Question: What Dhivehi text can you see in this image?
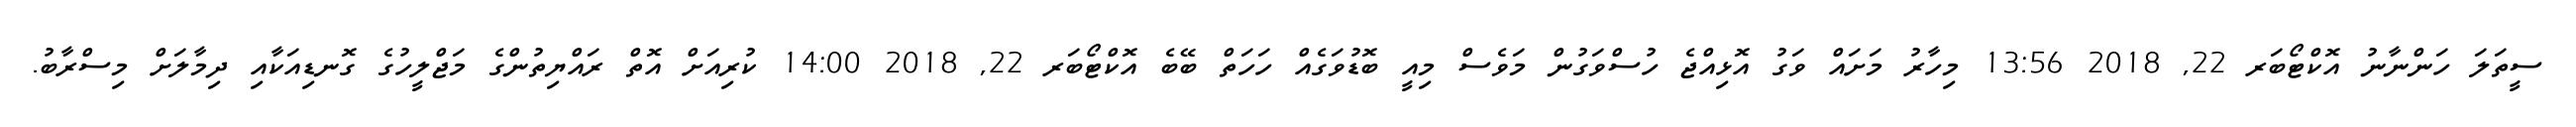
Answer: ސީތަލަ ހަންނާނު އޮކްޓޯބަރ 22, 2018 13:56 މިހާރު މަށައް ވަގު އޮޅިއްޖެ ހުސްވަގުން މަވެސް މިއީ ބޮޑުވަގެއް ހަހަތް ބޭބެ އޮކްޓޯބަރ 22, 2018 14:00 ކުރިއަށް އޮތް ރައްޔިތުންގެ މަޖްލީހުގެ ގޮނޑިއަކާއި ދިމާލަށް މިސްރާބު.